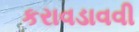
કરાવડાવવી